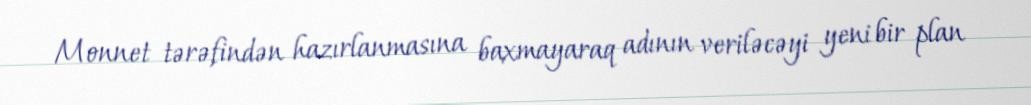
Monnet tərəfindən hazırlanmasına baxmayaraq adının veriləcəyi yeni bir plan